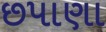
છપાણા